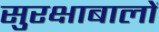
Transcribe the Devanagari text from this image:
सुरक्षाबालों